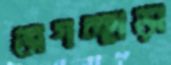
জগচ্ছাড়া